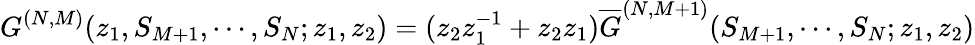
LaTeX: G^{(N,M)}(z_{1},S_{M+1},\cdots,S_{N};z_{1},z_{2})=(z_{2}z_{1}^{-1}+z_{2}z_{1}){\overline{{G}}}^{(N,M+1)}(S_{M+1},\cdots,S_{N};z_{1},z_{2})